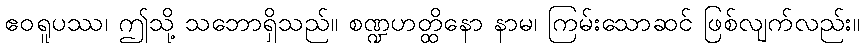
ဧဝရူပဿ၊ ဤသို့ သဘောရှိသည်။ စဏ္ဍဟတ္ထိနော နာမ၊ ကြမ်းသောဆင် ဖြစ်လျက်လည်း။